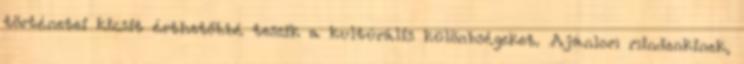
történetei kicsit érthetőbbé teszik a kultúrális különbségeket. Ajánlom mindenkinek,